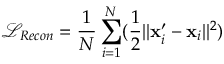
\mathcal { L } _ { R e c o n } = \frac { 1 } { N } \sum _ { i = 1 } ^ { N } ( \frac { 1 } { 2 } | | \mathbf { x } _ { i } ^ { \prime } - \mathbf { x } _ { i } | | ^ { 2 } )